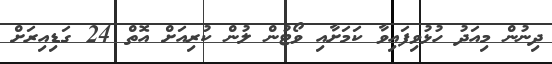
ދިނުން މިއަދު ހުޅުވިފައިވާ ކަމަށާއި ވޯޓުން ލުން ކުރިއަށް އޮތް 24 ގަޑިއިރަށް